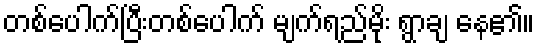
တစ်ပေါက်ပြီးတစ်ပေါက် မျက်ရည်မိုး ရွာချ နေ၏။